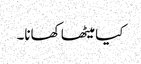
کیا میٹھا کھانا۔